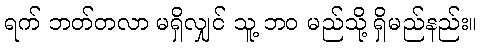
ရက် ဘတ်တလာ မရှိလျှင် သူ့ ဘဝ မည်သို့ ရှိမည်နည်း။